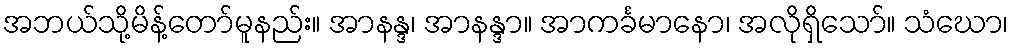
အဘယ်သို့မိန့်တော်မူနည်း။ အာနန္ဒ၊ အာနန္ဒာ။ အာကင်္ခမာနော၊ အလိုရှိသော်။ သံဃော၊